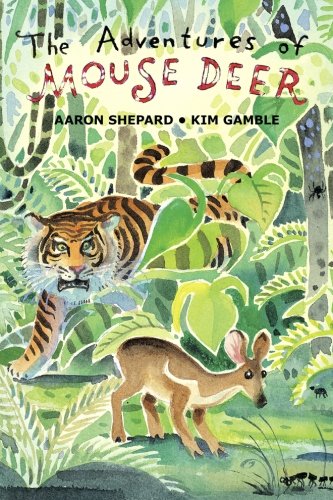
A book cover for The Adventures of Mouse Deer: Favorite Folktales of Southeast Asia; Aaron Shepard; Children's Books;